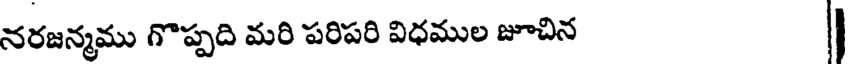
నరజన్మము గొప్పది మరి పరిపరి విధముల జూచిన |